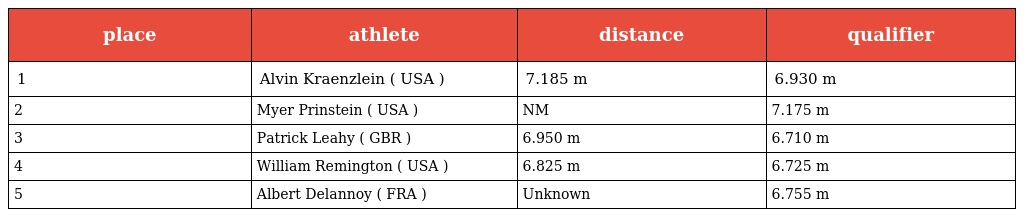
| place | athlete | distance | qualifier |
 | --- | --- | --- | --- |
 | 1 | Alvin Kraenzlein ( USA ) | 7.185 m | 6.930 m |
 | 2 | Myer Prinstein ( USA ) | NM | 7.175 m |
 | 3 | Patrick Leahy ( GBR ) | 6.950 m | 6.710 m |
 | 4 | William Remington ( USA ) | 6.825 m | 6.725 m |
 | 5 | Albert Delannoy ( FRA ) | Unknown | 6.755 m |